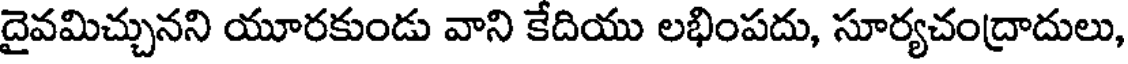
దైవమిచ్చునని యూరకుండు వాని కేదియు లభింపదు, సూర్యచంద్రాదులు,